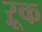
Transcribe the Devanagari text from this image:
ऱूक